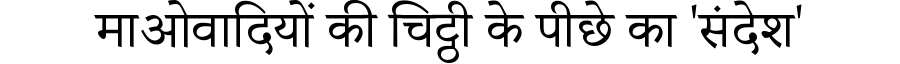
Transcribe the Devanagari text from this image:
माओवादियों की चिट्ठी के पीछे का 'संदेश'